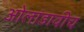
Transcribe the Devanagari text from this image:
ओलांडावीच